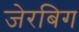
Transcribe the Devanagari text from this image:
जेरबिग